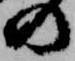
の